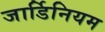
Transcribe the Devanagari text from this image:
जार्डिनियम